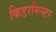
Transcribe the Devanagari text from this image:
किडरमिन्स्टर